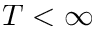
T < \infty